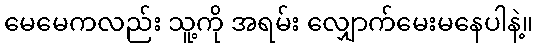
မေမေကလည်း သူ့ကို အရမ်း လျှောက်မေးမနေပါနဲ့။